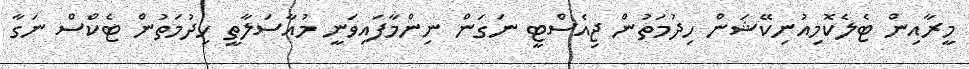
މީރާއިން ޓެލެކޮމިއުނިކޭޝަން ހިދުމަތުން ޖިއެސްޓީ ނަގަން ނިންމާފައިވަނީ މުއާސަލާތީ ހިދުމަތުން ޓެކްސް ނަގާ